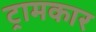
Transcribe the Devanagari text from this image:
ट्रामकार